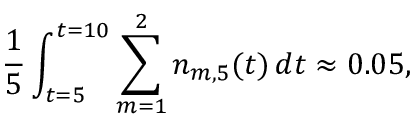
\frac { 1 } { 5 } \int _ { t = 5 } ^ { t = 1 0 } \sum _ { m = 1 } ^ { 2 } n _ { m , 5 } ( t ) \, d t \approx 0 . 0 5 ,